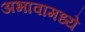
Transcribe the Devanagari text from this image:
अभावामध्ये